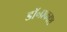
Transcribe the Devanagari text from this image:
डॉ॰प्रकाश